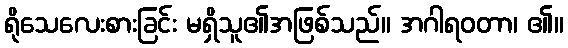
ရိုသေလေးစားခြင်း မရှိသူ၏အဖြစ်သည်။ အဂါရဝတာ၊ ၏။